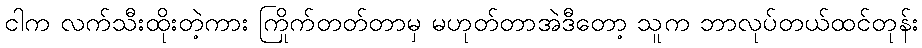
ငါက လက်သီးထိုးတဲ့ကား ကြိုက်တတ်တာမှ မဟုတ်တာအဲဒီတော့ သူက ဘာလုပ်တယ်ထင်တုန်း